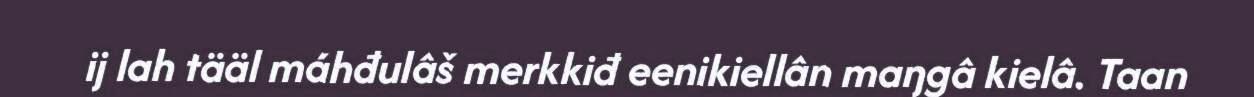
ij lah tääl máhđulâš merkkiđ eenikiellân maŋgâ kielâ. Taan